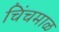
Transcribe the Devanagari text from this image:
चिंचमाळ